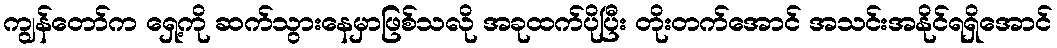
ကျွန်တော်က ရှေ့ကို ဆက်သွားနေမှာဖြစ်သလို အခုထက်ပိုပြီး တိုးတက်အောင် အသင်းအနိုင်ရရှိအောင်